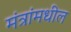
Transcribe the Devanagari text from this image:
मंत्रांमधील